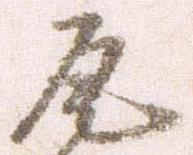
尾